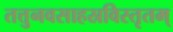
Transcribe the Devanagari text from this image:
तत्तुनवसाहस्रविस्तृतम्